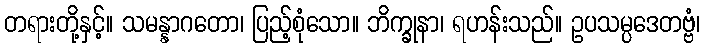
တရားတို့နှင့်။ သမန္နာဂတော၊ ပြည့်စုံသော။ ဘိက္ခုနာ၊ ရဟန်းသည်။ ဥပသမ္ပဒေတဗ္ဗံ၊